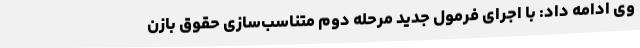
وی ادامه داد: با اجرای فرمول جدید مرحله دوم متناسب‌سازی حقوق بازن